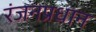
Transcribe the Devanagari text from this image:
रंजनप्रधान